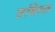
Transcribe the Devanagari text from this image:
सचिन्त